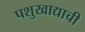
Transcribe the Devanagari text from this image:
पशुखाद्याची